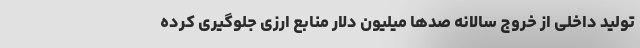
تولید داخلی از خروج سالانه صدها میلیون دلار منابع ارزی جلوگیری کرده